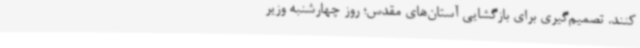
کنند. تصمیم‌گیری برای بازگشایی آستان‌های مقدس؛ روز چهارشنبه وزیر